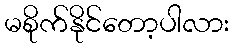
မစိုက်နိုင်တော့ပါလား